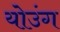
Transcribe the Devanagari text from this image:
योउंग